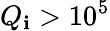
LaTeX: Q_{\mathbf{i}}>10^{5}